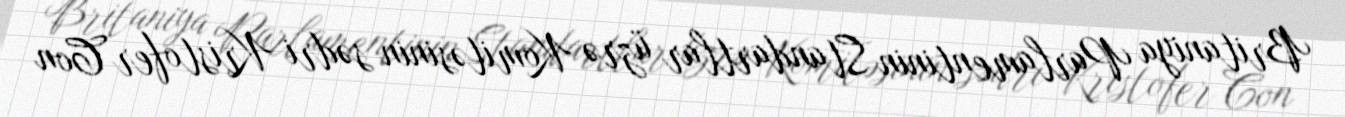
Britaniya Parlamentinin Standartlar üzrə Komitəsinin sədri Kristofer Con